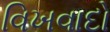
વિખવાદો